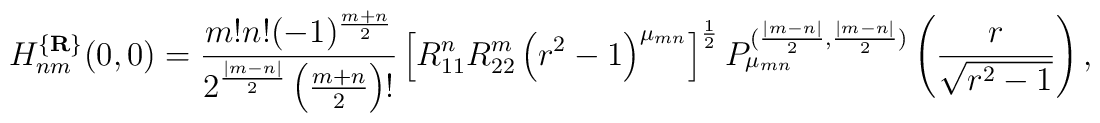
H_{nm}^{\{{\bf R}\}}(0,0)=\frac {m!n!(-1)^{\frac {m+n}2}}{2^{\frac {|m-n|}2}\left(\frac {m+n}2\right)!}\left[R_{11}^nR_{22}^m\left(r^2-1\right)^{\mu_{mn}}\right]^{\frac 12}P_{\mu_{mn}}^{(\frac {|m-n|}2,\frac {|m-n|}2)}\left(\frac r{\sqrt {r^2-1}}\right),